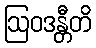
ဩဝဒန္တီတိ